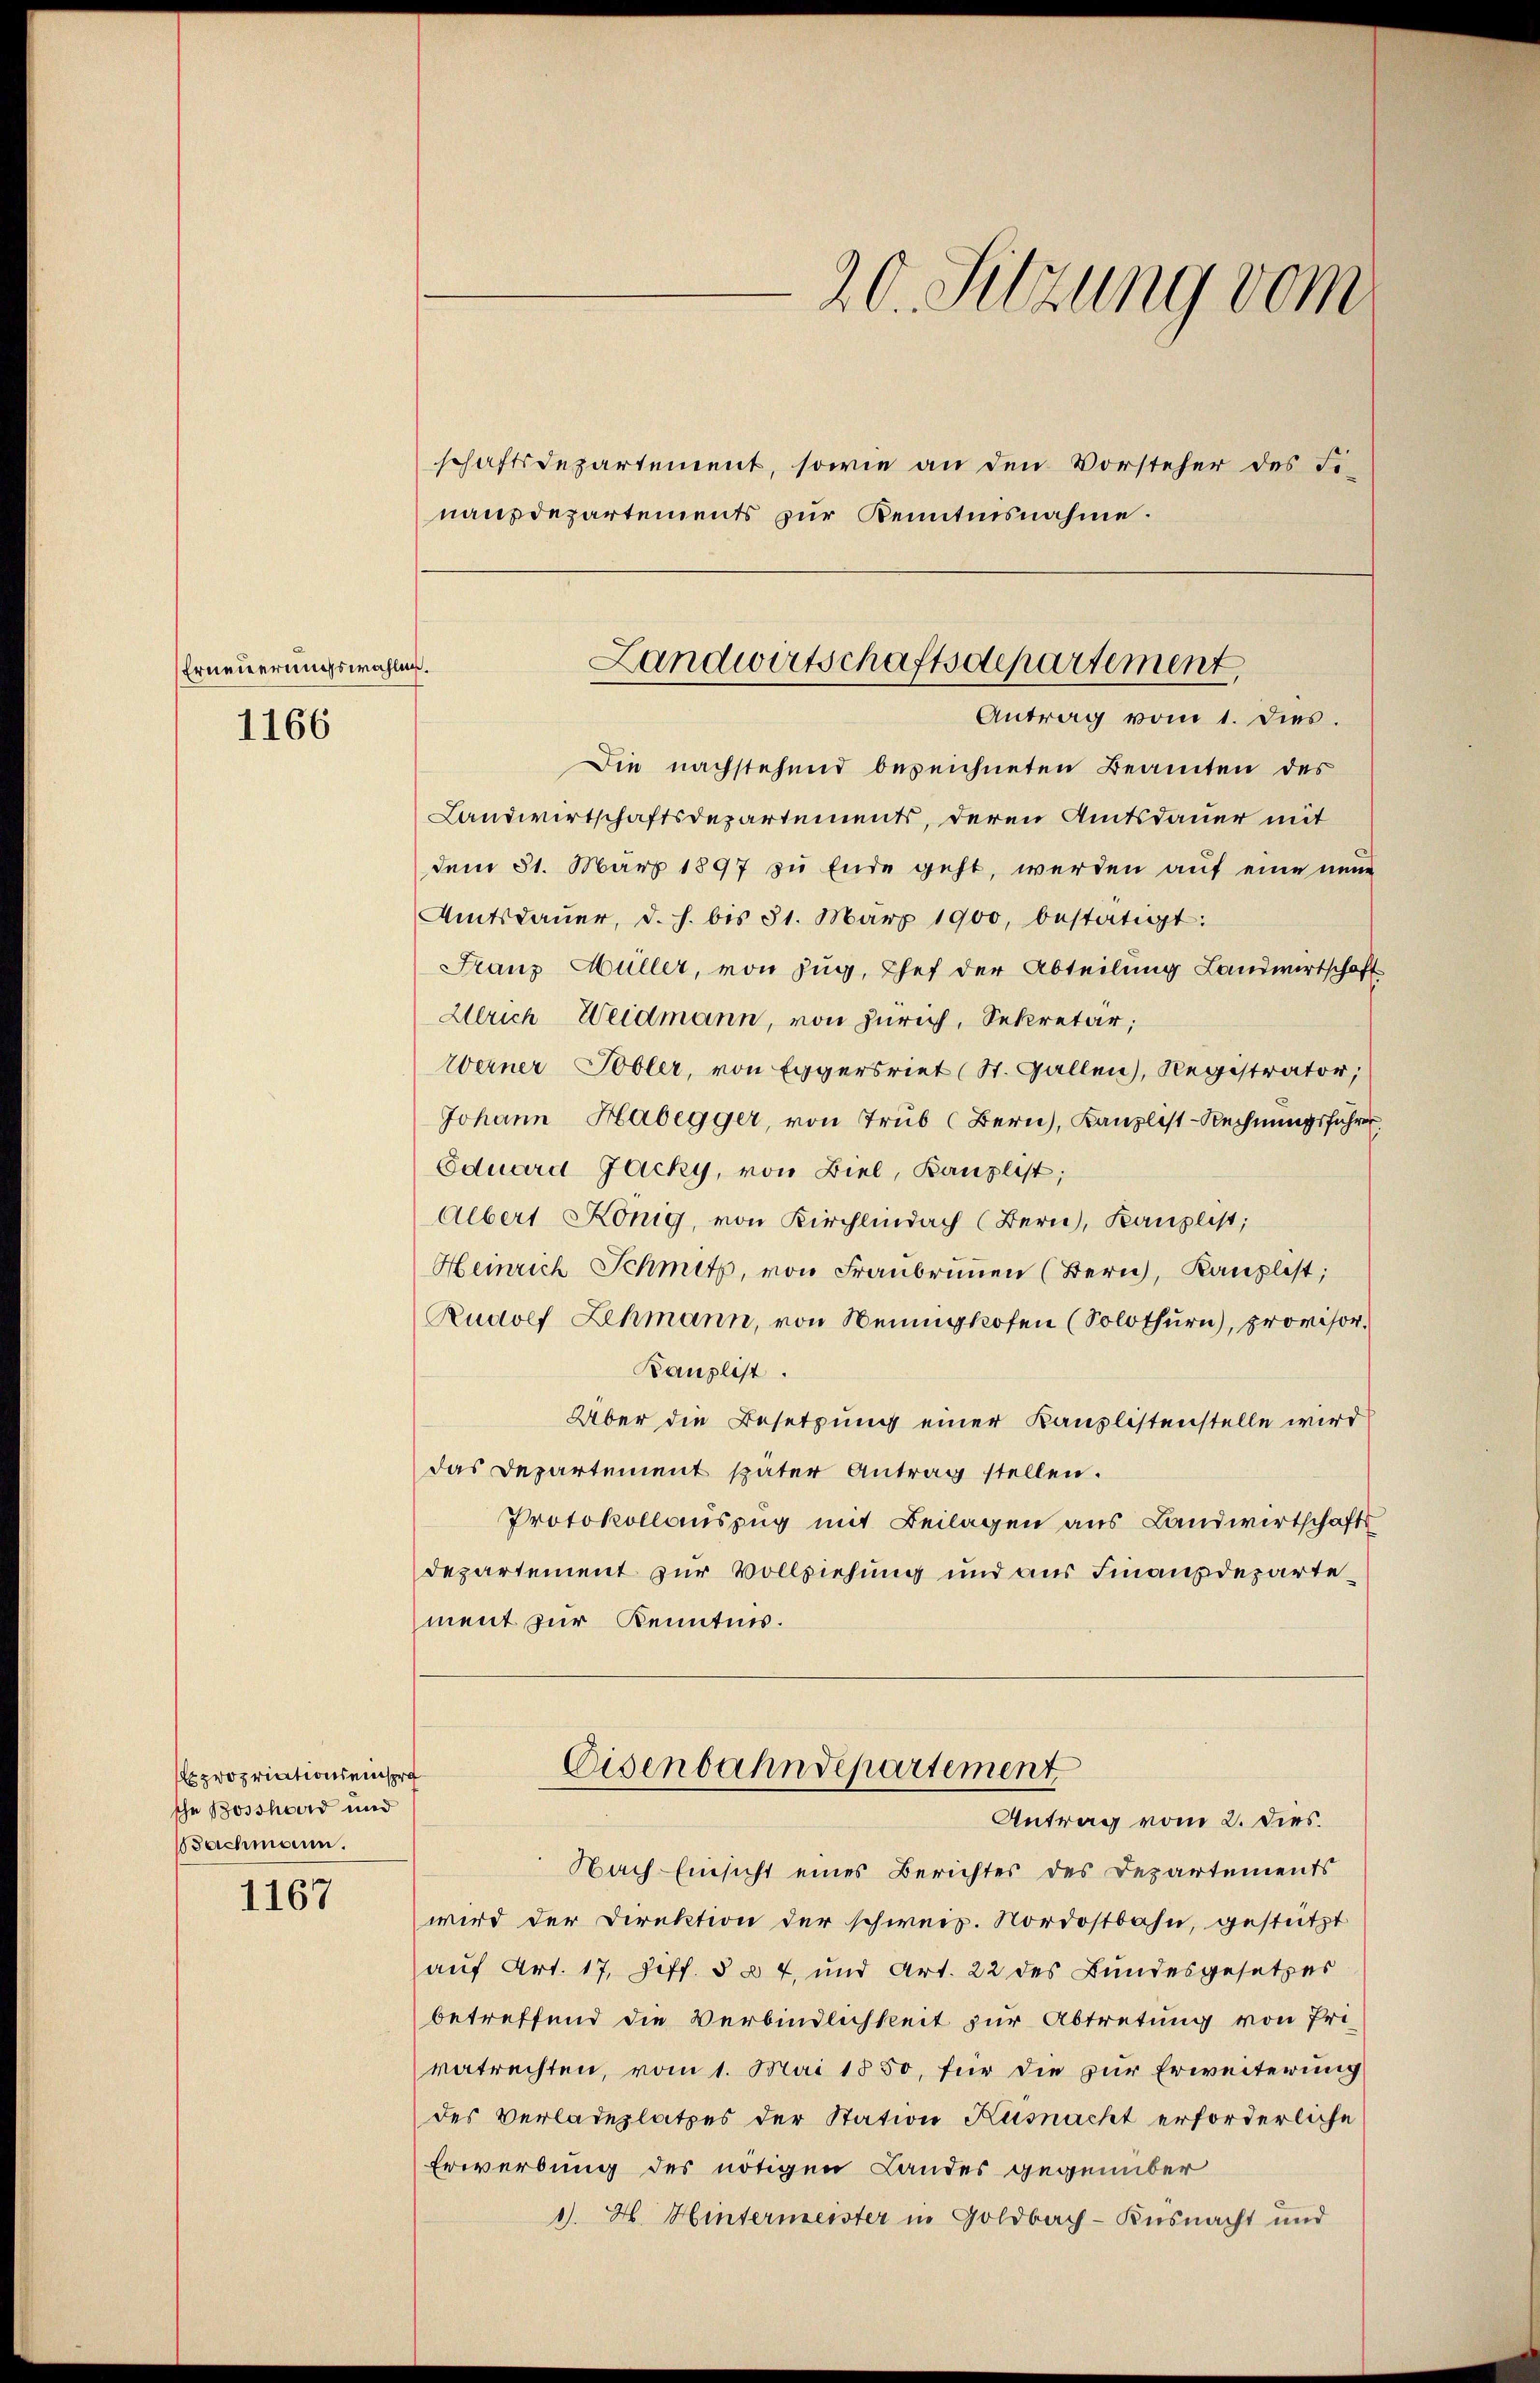
Erneuerungswahlen.
1166

Expropriationseinspra
sche Bosshoerd und
Bachmann.

1167

20. Sitzung vom

schaftsdepartement, sowie an den Vorsteher des Fi-
nanzdepartements zur Kenntnisnahme.
Die nachstehend bezeichneten Beamten des
Landwirtschaftsdepartements, deren Amtsdauer mit
dem 31. März 1897 zu Ende geht, werden auf eine neue
Amtsdaŭer, d. h. bis 31. März 1900, bestätigt:
Franz Müller, von Zug, Chef der Abteilung Landwirtschaft
Ulrich Weidmann, von Zürich, Sekretär,
Werner Tobler, von Eggersriet (St. Gallen), Registrator,
Johann Habegger, von Trub (Bern, Kanzlist-Rechnungsführen
Eduard Jacky, von Biel, Kanzlist;
Albert König, von Kirchlindach (Bern, Kanzlist;
Heinrich Schmitz, von Franbrunnen (Bern, Kanzlist;
Rudolf Lehmann, von Neuigkofen (Solothurn), provisor
Kanzlist.
Über die Besetzung einer Kanzlistenstelle wird
das Departement später Antrag stellen.
Protokollauszug mit Beilagen aus Landwirtschafts
departement zur Vollziehung und aus Finanzdepartement zur Kenntnis.
Eisenbahndepartement
Antrag vom 2. dies.
Nach Einsicht eines Berichtes des Departements
wird der Direktion der schweiz. Nordostbahn, gestützt
auf Art. 17, Ziff. § 24, und Art. 22 des Bundesgesetzes
betreffend die Verbindlichkeit zur Abtretung von Privatrechten, vom 1. Mai 1850, für die zur Erweiterung
des Verladeplatzes der Station Küsnacht erforderliche
Erwerbung des nötigen Landes gegenüber
J. H. Hintermeister in Goldbach-Küsnacht und

Landwirtschaftsdepartement,
Antrag vom 1. dies.